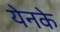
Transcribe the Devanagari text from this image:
येनके